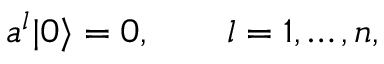
a ^ { l } | 0 \rangle = 0 , \qquad l = 1 , \ldots , n ,